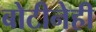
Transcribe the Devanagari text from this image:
बोटीनेही